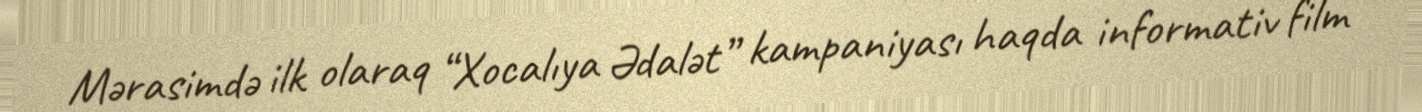
Mərasimdə ilk olaraq “Xocalıya Ədalət” kampaniyası haqda informativ film